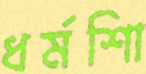
ধর্মশিা